Annual report of the Camel Specialist
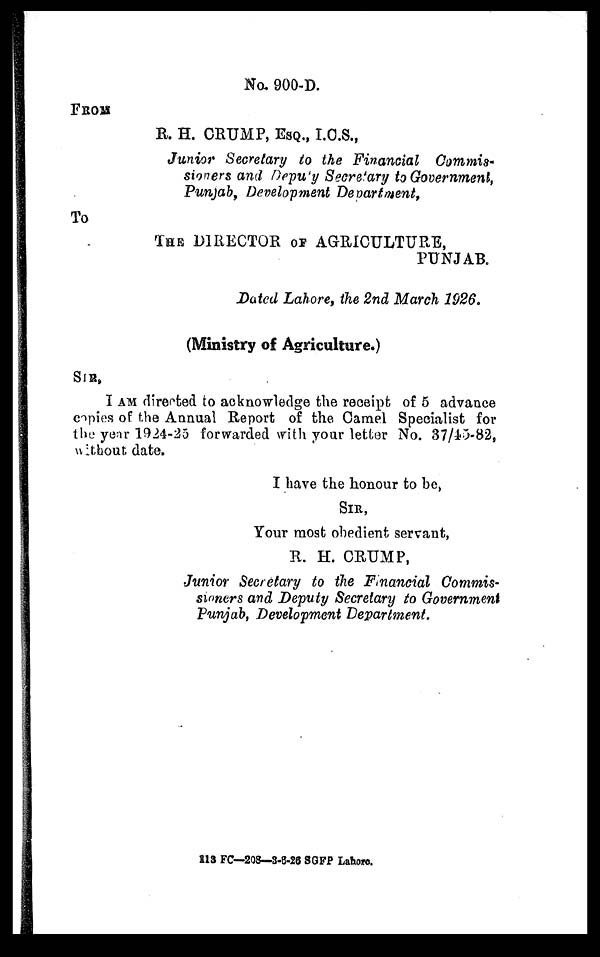
No. 900-D.
FROM
R. H. CRUMP, ESQ., I.C.S.,
Junior Secretary to the Financial Commis¬
sioners and Deputy Secretary to Government,
Punjab, Development Department,
To
THE DIRECTOR OF AGR
PUNJAB.
Dated Lahore, the 2nd March 1926.
(Ministry of Agriculture.)
SIR,
I AM directed to acknowledge the receipt of 5 advance
copies of the Annual Report of the Camel Specialist for
the year 1924-25 forwarded with your letter No. 37/45-82,
without date.
I have the honour to be,
SIR,
Your most obedient servant,
R. H. CRUMP,
Junior Secretary to the Financial Commis-
sioners and Deputy Secretary to Government
Punjab, Development Department.
113 FC—208—3-6-26 SGFP Lahore.